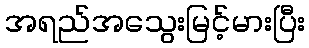
အရည်အသွေးမြင့်မားပြီး